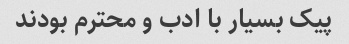
پیک بسیار با ادب و محترم بودند